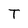
Character: T